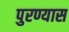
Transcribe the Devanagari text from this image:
पुरण्यास